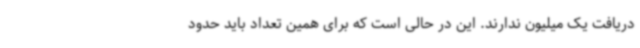
دریافت یک میلیون ندارند. این در حالی است که برای همین تعداد باید حدود